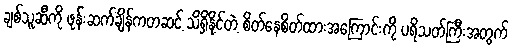
ချစ်သူဆီကို ဖုန်းဆက်ချိန်ကတဆင့် သိရှိနိုင်တဲ့ စိတ်နေစိတ်ထားအကြောင်းကို ပရိသတ်ကြီးအတွက်